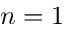
n = 1